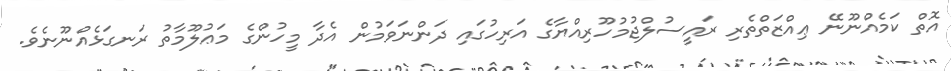
އޮތް ކަމެއްނޫނޭ ޢިއްޒަތްތެރި ރައީސުލްޖުމުހޫރިއްޔާގެ އަރިހުގައި ދަންނަވަމުން އެދާ މީހުންގެ މަޢުލޫމާތު ރަނގަޅެއްނޫނެވެ.